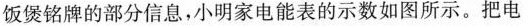
饭煲铭牌的部分信息，小明家电能表的示数如图所示。把电